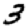
Digit: 3